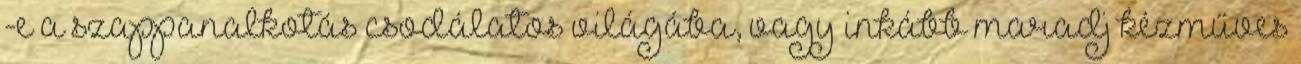
-e a szappanalkotás csodálatos világába, vagy inkább maradj kézműves